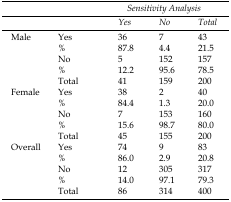
<table><thead><tr><td rowspan="2" colspan="2"></td><td colspan="3"><b><i>Sensitivity Analysis</i></b></td></tr><tr><td><b><i>Yes</i></b></td><td><b><i>No</i></b></td><td><b><i>Total</i></b></td></tr></thead><tbody><tr><td rowspan="5">Male</td><td>Yes</td><td>36</td><td>7</td><td>43</td></tr><tr><td>%</td><td>87.8</td><td>4.4</td><td>21.5</td></tr><tr><td>No</td><td>5</td><td>152</td><td>157</td></tr><tr><td>%</td><td>12.2</td><td>95.6</td><td>78.5</td></tr><tr><td>Total</td><td>41</td><td>159</td><td>200</td></tr><tr><td rowspan="5">Female</td><td>Yes</td><td>38</td><td>2</td><td>40</td></tr><tr><td>%</td><td>84.4</td><td>1.3</td><td>20.0</td></tr><tr><td>No</td><td>7</td><td>153</td><td>160</td></tr><tr><td>%</td><td>15.6</td><td>98.7</td><td>80.0</td></tr><tr><td>Total</td><td>45</td><td>155</td><td>200</td></tr><tr><td rowspan="5">Overall</td><td>Yes</td><td>74</td><td>9</td><td>83</td></tr><tr><td>%</td><td>86.0</td><td>2.9</td><td>20.8</td></tr><tr><td>No</td><td>12</td><td>305</td><td>317</td></tr><tr><td>%</td><td>14.0</td><td>97.1</td><td>79.3</td></tr><tr><td>Total</td><td>86</td><td>314</td><td>400</td></tr></tbody></table>